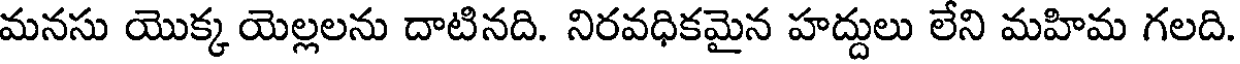
మనసు యొక్క యెల్లలను దాటినది. నిరవధికమైన హద్దులు లేని మహిమ గలది.